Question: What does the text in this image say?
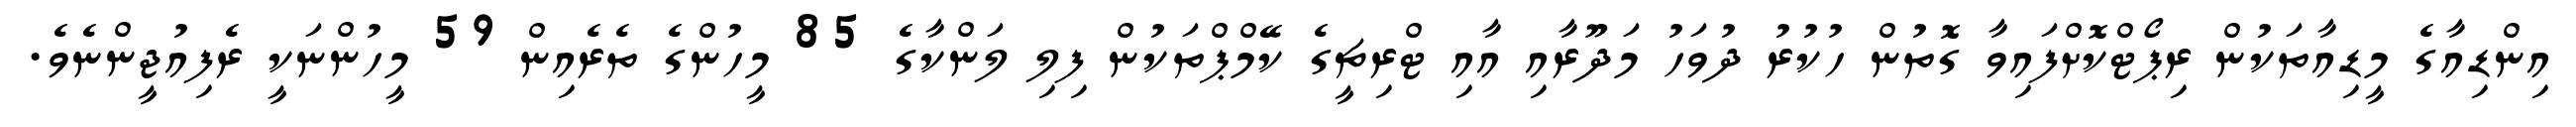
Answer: އިންޑިއާގެ މީޑިއާތަކުން ރިޕޯޓްކޮށްފައިވާ ގޮތުން ހުކުރު ދުވަހު މަދޫރާއި އާއި ޓްރިޗީގެ ކޭމްޕްތަކުން ފިލި ލަންކާގެ 85 މީހުންގެ ތެރެއިން 59 މީހުންނަކީ ރެފިއުޖީންނެވެ.